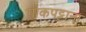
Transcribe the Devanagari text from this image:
गोकपट्टाना